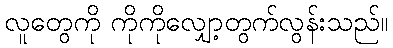
လူတွေကို ကိုကိုလျှော့တွက်လွန်းသည်။